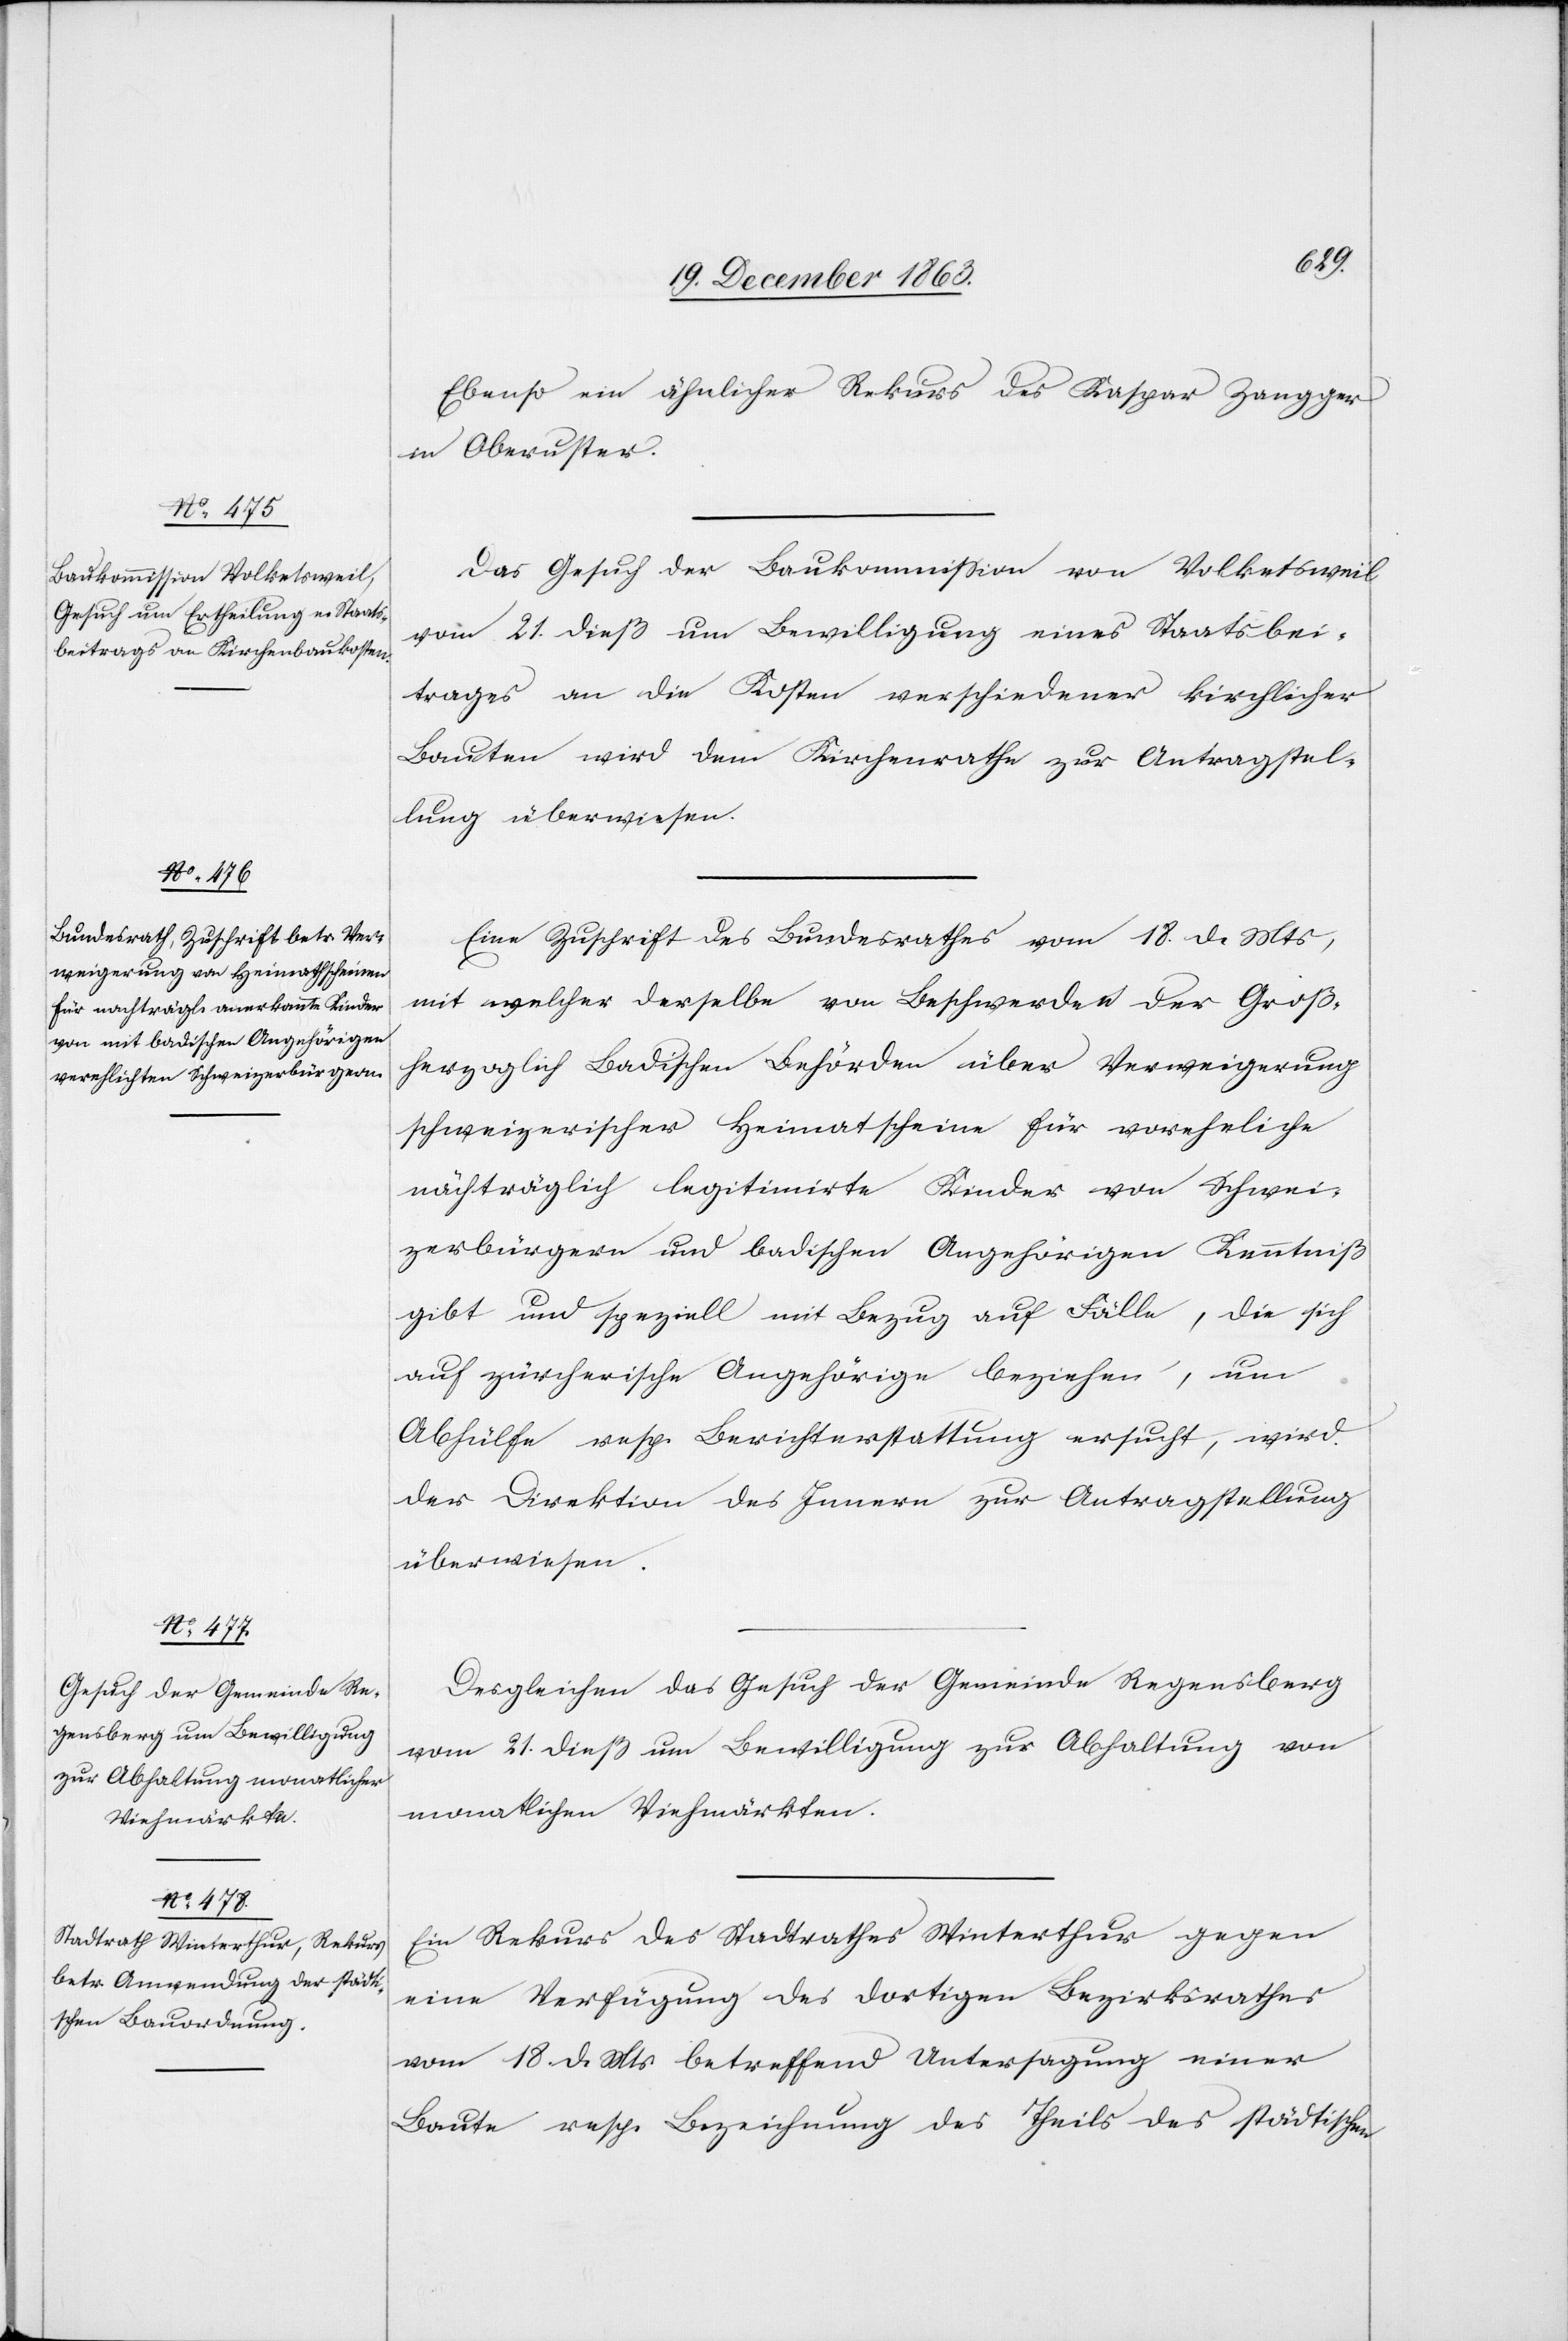
Ebenso ein ähnlicher Rekurs des Kaspar Zangger
in Oberuster.
Das Gesuch der Baukommission von Volketsweil
vom 21. dieß um Bewilligung eines Staatsbei¬
trages an die Kosten verschiedener kirchlicher
Bauten wird dem Kirchenrathe zur Antragstel¬
lung überwiesen.
Eine Zuschrift des Bundesrathes vom 18. d. Mts,
mit welcher derselbe von Beschwerden der Groß¬
herzoglich Badischen Behörden über Verweigerung
schweizerischer Heimatscheine für voreheliche
nächträglich [sic!] legitimirte Kinder von Schwei¬
zerbürgern und badischen Angehörigen Kenntniß
gibt und speziell mit Bezug auf Fälle, die sich
auf zürcherische Angehörige beziehen, um
Abhülfe resp. Berichterstattung ersucht, wird
der Direktion des Innern zur Antragstellung
überwiesen.
Desgleichen das Gesuch der Gemeinde Regensberg
vom 21. dieß um Bewilligung zur Abhaltung von
monatlichen Viehmärkten.
Ein Rekurs des Stadtrathes Winterthur gegen
eine Verfügung des dortigen Bezirksrathes
vom 18. d. Mts. betreffend Untersagung einer
Baute resp. Bezeichnung des Theils des städtischen